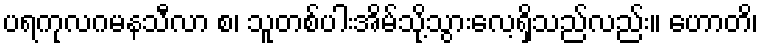
ပရကုလဂမနသီလာ စ၊ သူတစ်ပါးအိမ်သို့သွားလေ့ရှိသည်လည်း။ ဟောတိ၊